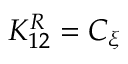
K _ { 1 2 } ^ { R } = C _ { \xi }